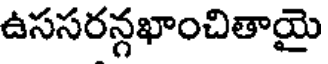
ఉససరన్గఖాంచితాయై